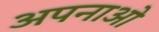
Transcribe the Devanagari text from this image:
अपनाओ